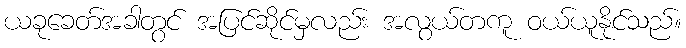
ယခုခေတ်အခါတွင် အပြင်ဆိုင်မှလည်း အလွယ်တကူ ဝယ်ယူနိုင်သည်။